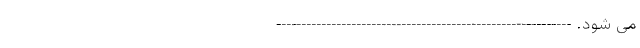
می شود. -----------------------------------------------------------